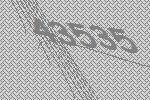
43535